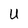
Character: U